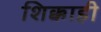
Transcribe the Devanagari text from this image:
शिक्काही